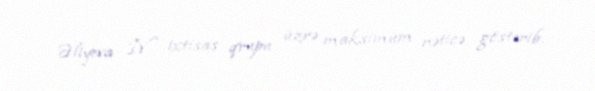
Əliyeva IV ixtisas qrupu üzrə maksimum nəticə göstərib.